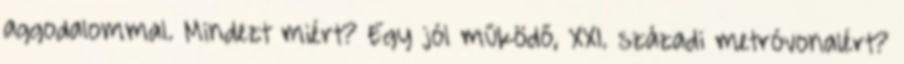
aggodalommal. Mindezt miért? Egy jól működő, XXI. századi metróvonalért?